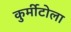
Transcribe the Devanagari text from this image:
कुर्मीटोला